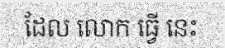
ដែល លោក ធ្វើ នេះ